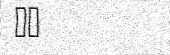
٥٦